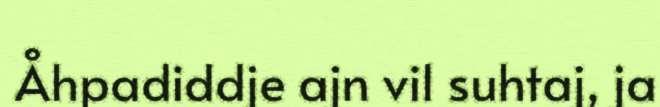
Åhpadiddje ajn vil suhtaj, ja